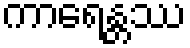
ကာရေန္တဿ